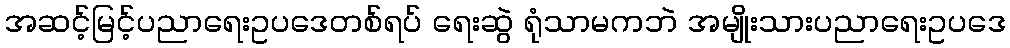
အဆင့်မြင့်ပညာရေးဥပဒေတစ်ရပ် ရေးဆွဲ ရုံသာမကဘဲ အမျိုးသားပညာရေးဥပဒေ